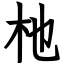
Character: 杝